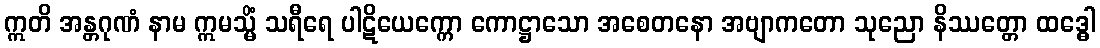
ဣတိ အန္တဂုဏံ နာမ ဣမသ္မိံ သရီရေ ပါဋိယေက္ကော ကောဋ္ဌာသော အစေတနော အဗျာကတော သုညော နိဿတ္တော ထဒ္ဓေါ